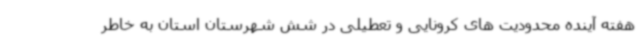
هفته آینده محدودیت های کرونایی و تعطیلی در شش شهرستان استان به خاطر